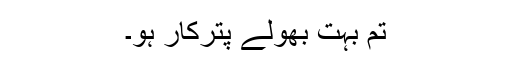
تم بہت بھولے پترکار ہو۔